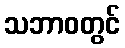
သဘာဝတွင်